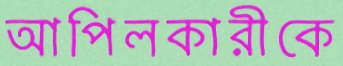
আপিলকারীকে